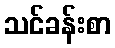
သင်ခန်းစာ